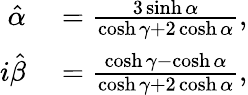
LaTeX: \begin{array}{rl}{\hat{\alpha}}&{{}=\frac{3\sinh\alpha}{\cosh\gamma+2\cosh\alpha},}\\ {i\hat{\beta}}&{{}=\frac{\cosh\gamma-\cosh\alpha}{\cosh\gamma+2\cosh\alpha},}\end{array}